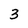
Character: 3